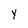
Character: Y